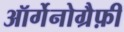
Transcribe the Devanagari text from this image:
ऑर्गेनोग्रैफ़ी